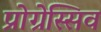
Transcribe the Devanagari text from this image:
प्रोग्रेस्सिव